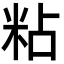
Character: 粘